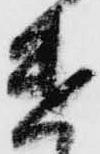
遣